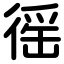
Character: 徭